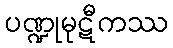
ပဏ္ဍုမုဋီကဿ